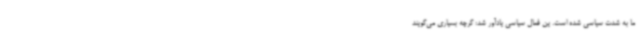
ما به شدت سیاسی شده است. ین فعال سیاسی یادآور شد: گرچه بسیاری می‌گویند